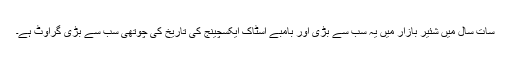
سات سال میں شئیر بازار میں یہ سب سے بڑی اور بامبے اسٹاک ایکسچینج کی تاریخ کی چوتھی سب سے بڑی گراوٹ ہے۔